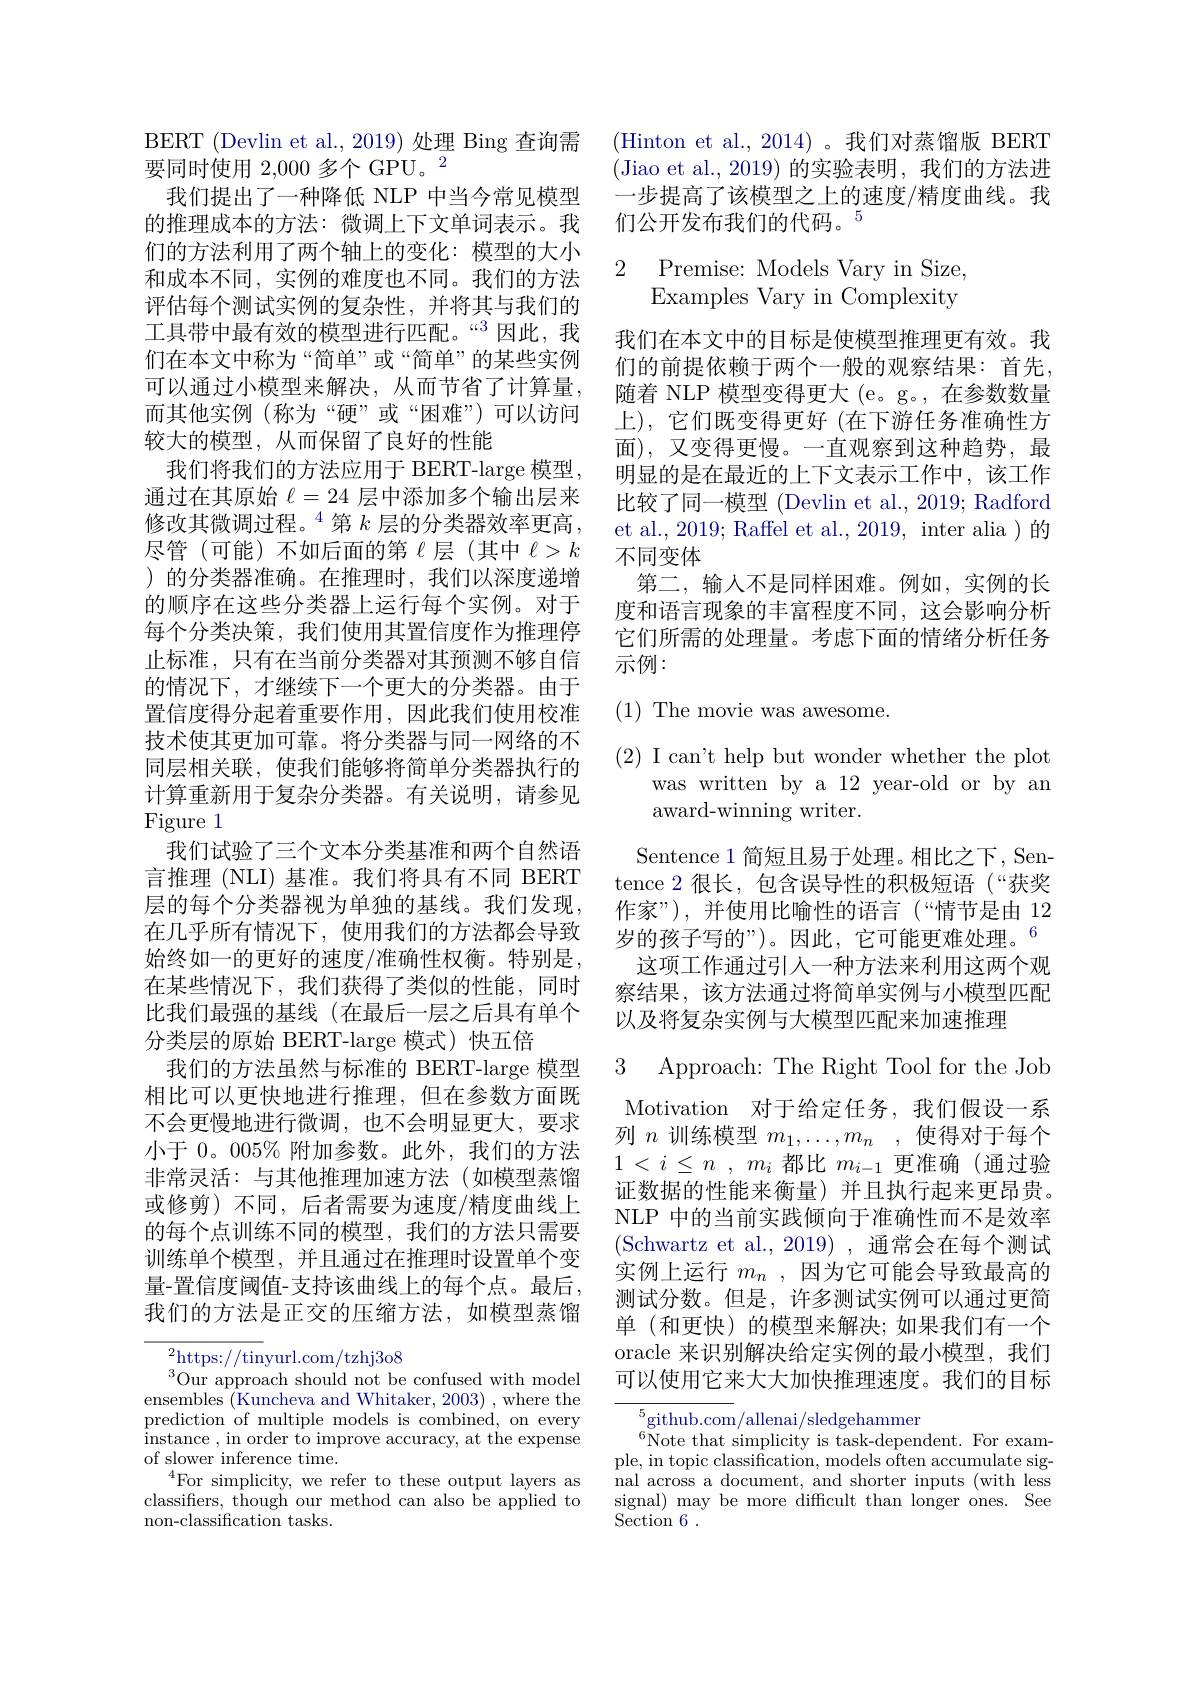
BERT (Devlin et al., 2019) 处理 Bing 查询需
要同时使用 2,000 多个 GPU。$^{2}$
我们提出了一种降低 NLP 中当今常见模型的推理成本的方法：微调上下文单词表示。我们的方法利用了两个轴上的变化：模型的大小和成本不同，实例的难度也不同。我们的方法评估每个测试实例的复杂性，并将其与我们的工具带中最有效的模型进行匹配。“3 因此，我们在本文中称为“简单”或“简单”的某些实例可以通过小模型来解决，从而节省了计算量， 而其他实例(称为“硬”或“困难”)可以访问较大的模型，从而保留了良好的性能
我们将我们的方法应用于 BERT-large 模型， 通过在其原始$\ell=24$层中添加多个输出层来修改其微调过程。$^{4}$第$k$ 层的分类器效率更高， 尽管(可能)不如后面的第《层(其中$\ell>k$ )的分类器准确。在推理时，我们以深度递增的顺序在这些分类器上运行每个实例。对于每个分类决策，我们使用其置信度作为推理停止标准，只有在当前分类器对其预测不够自信的情况下，才继续下一个更大的分类器。由于置信度得分起着重要作用，因此我们使用校准技术使其更加可靠。将分类器与同一网络的不同层相关联，使我们能够将简单分类器执行的计算重新用于复杂分类器。有关说明，请参见Figure 1
我们试验了三个文本分类基准和两个自然语言推理 (NLI) 基准。我们将具有不同 BERT 层的每个分类器视为单独的基线。我们发现， 在几乎所有情况下，使用我们的方法都会导致始终如一的更好的速度/准确性权衡。特别是， 在某些情况下，我们获得了类似的性能，同时比我们最强的基线(在最后一层之后具有单个分类层的原始 BERT-large 模式)快五倍
我们的方法虽然与标准的 BERT-large 模型相比可以更快地进行推理，但在参数方面既不会更慢地进行微调，也不会明显更大，要求小于$0。005\%$附加参数。此外，我们的方法非常灵活：与其他推理加速方法(如模型蒸馏或修剪)不同，后者需要为速度/精度曲线上的每个点训练不同的模型，我们的方法只需要训练单个模型，并且通过在推理时设置单个变量-置信度阈值-支持该曲线上的每个点。最后， 我们的方法是正交的压缩方法，如模型蒸馏

${}^{2}$https://tinyurl.com/tzhj3o8
$^{3}$Our approach should not be confused with model ensembles (Kuncheva and Whitaker, 2003) , where the prediction of multiple models is combined, on every instance , in order to improve accuracy, at the expense of slower inference time.
$^{4}$For simplicity, we refer to these output layers as classifiers, though our method can also be applied to non-classification tasks.

(Hinton et al., 2014)。我们对蒸馏版 BERT (Jiao et al.,2019)的实验表明，我们的方法进一步提高了该模型之上的速度/精度曲线。我们公开发布我们的代码。$^{5}$

# 2 Premise: Models Vary in Size, Examples Vary in Complexity

我们在本文中的目标是使模型推理更有效。我们的前提依赖于两个一般的观察结果：首先， 随着 NLP 模型变得更大 (e。g。,在参数数量上), 它们既变得更好 (在下游任务准确性方面),又变得更慢。一直观察到这种趋势，最明显的是在最近的上下文表示工作中，该工作比较了同一模型 (Devlin et al., 2019; Radford et al., 2019; Raffel et al., 2019, inter alia ) 的不同变体
第二，输入不是同样困难。例如，实例的长度和语言现象的丰富程度不同，这会影响分析它们所需的处理量。考虑下面的情绪分析任务示例：

$(1){\text{The movie was awesome.}}$
$(2){\text{ I can't help but wonder whether the plot}}$
was written by a 12 year-old or by an
award-winning writer.

Sentence 1 简短且易于处理。相比之下，Sentence 2 很长，包含误导性的积极短语(“获奖作家”),并使用比喻性的语言(“情节是由 12岁的孩子写的”)。因此，它可能更难处理。$^{6}$
这项工作通过引入一种方法来利用这两个观察结果，该方法通过将简单实例与小模型匹配以及将复杂实例与大模型匹配来加速推理

3 Approach: The Right Tool for the Job

Motivation 对于给定任务，我们假设一系列$n$训练模型$m_1, \ldots , m_n$ ,使得对于每个$1< i\leq n$ , $m_i$都比$m_i-1$更准确 (通过验证数据的性能来衡量)并且执行起来更昂贵。NLP 中的当前实践倾向于准确性而不是效率(Schwartz et al.,2019),通常会在每个测试实例上运行$m_n$,因为它可能会导致最高的测试分数。但是，许多测试实例可以通过更简单 (和更快)的模型来解决；如果我们有一个oracle 来识别解决给定实例的最小模型，我们可以使用它来大大加快推理速度。我们的目标

$^{5}$github.com/allenai/sledgehammer
$^{6}$Note that simplicity is task-dependent. For example, in topic classification, models often accumulate signal across a document, and shorter inputs (with less signal) may be more diffcult than longer ones. See $\operatorname { Section} 6$ .